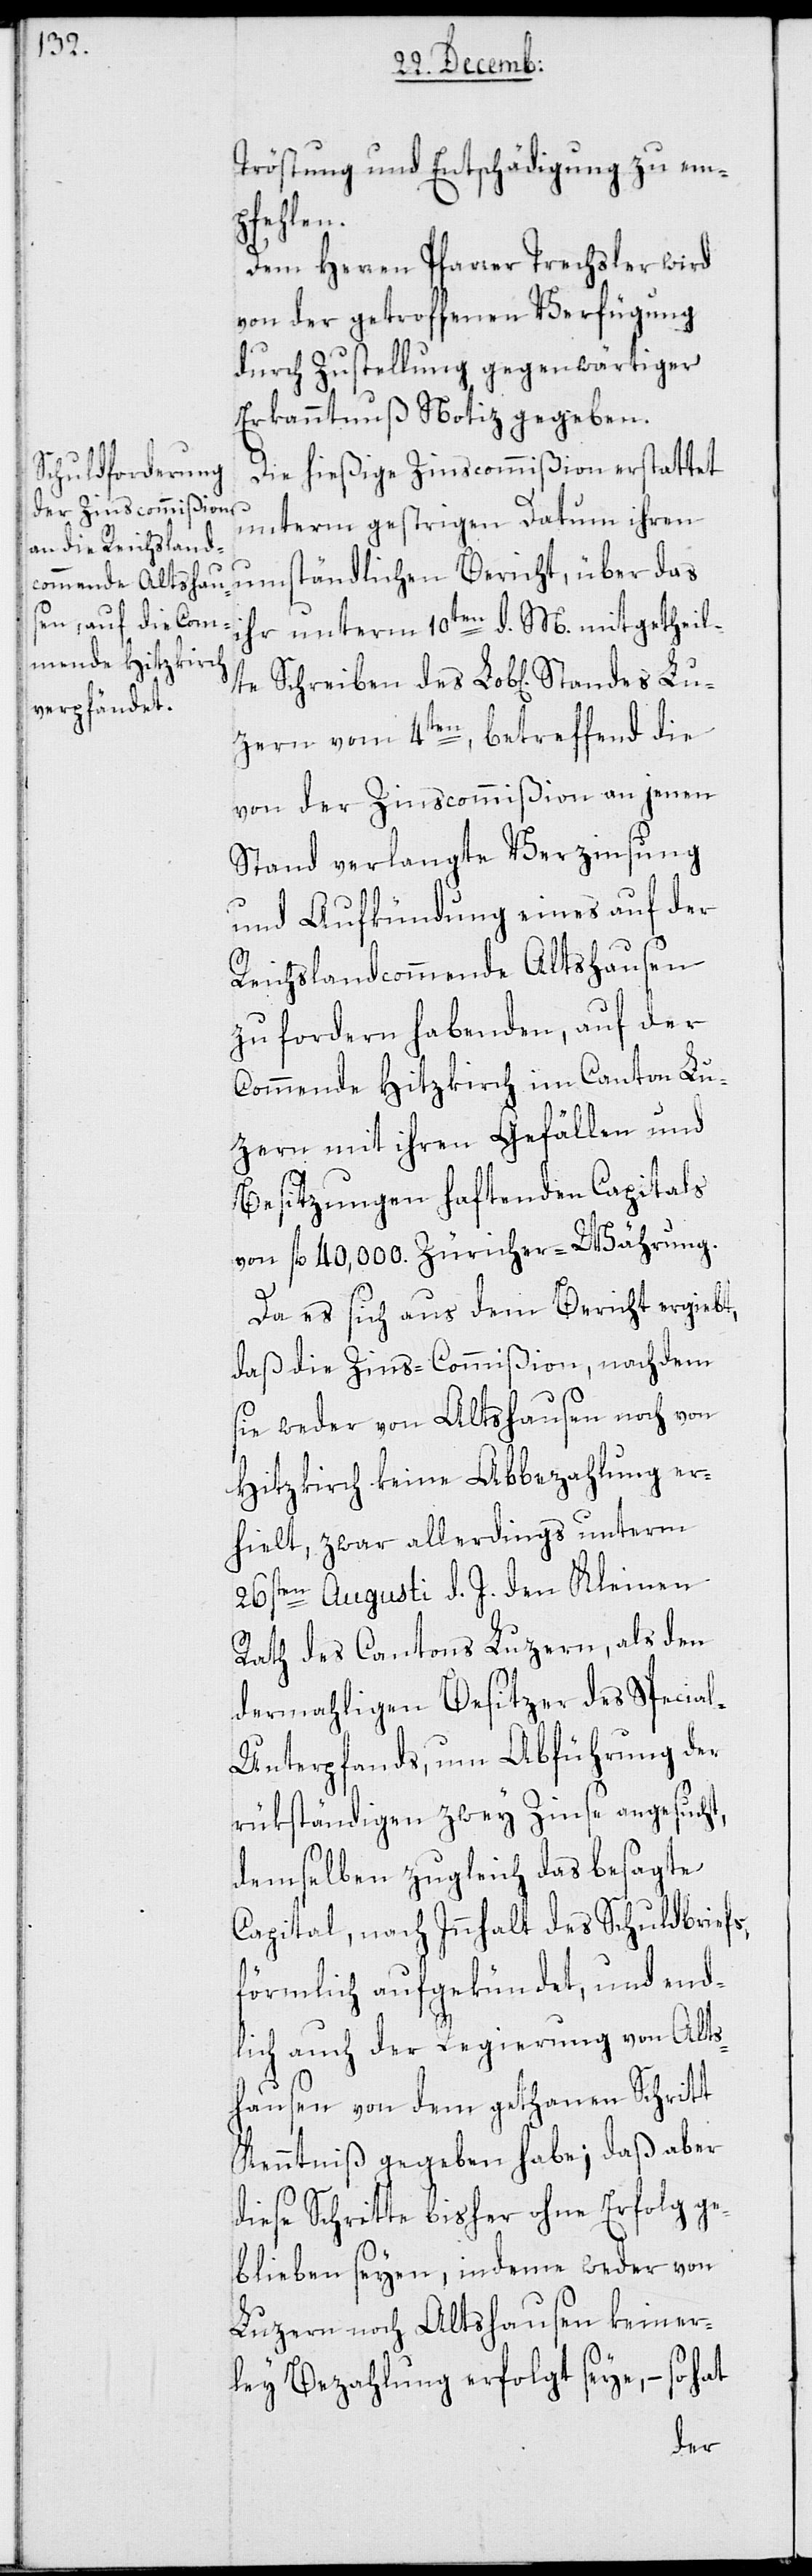
Tröstung und Entschädigung zu em¬
pfehlen.
Dem Herren Pfarrer Trechsler wird
von der getroffenen Verfügung
durch Zustellung gegenwärtiger
Erkanntnuß Notiz gegeben.
Die hießige Zinscommißion erstattet
unterm gestrigen Datum ihren
umständlichen Bericht, über das
ihr unterm 10ten d. M. mitgetheilte
Luzern vom 4ten, betreffend die
von der Zinscommißion an jenen
Stand verlangte Verzinsung
und Aufkündung eines auf der
Reichslandcommende Altshausen
zu fordern habenden, auf der
Commende Hitzkirch im Canton Lu¬
zern mit ihren Gefällen und
Besitzungen haftenden Capitals
von fl. 40,000 Züricher-Währung.
Da es sich aus dem Bericht ergiebt,
daß die Zins-Commißion, nachdem
sie weder von Altshausen noch von
Hitzkirch keine Abbezahlung er¬
hielt, zwar allerdings unterm
26sten Augusti d. J. den Kleinen
Rath des Cantons Luzern, als den
dermahligen Besitzer des Specia¬
l-Unterpfands, um Abführung der
rükständigen zwey Zinse angesucht,
demselben zugleich das besagte
Capital, nach Innhalt des Schuldbriefs,
förmlich aufgekündet, und end¬
lich auch der Regierung von Alts¬
hausen von dem gethanen Schritt
Kenntniß gegeben habe; daß aber
diese Schritte bisher ohne Erfolg ge¬
blieben seyen, indem weder von
Luzern noch Altshausen keiner¬
ley Bezahlung erfolgt seye, – so hat
des